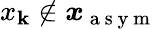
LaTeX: x_{\mathbf{k}}\notin\boldsymbol{x}_{\mathrm{{~a~s~y~m~}}}